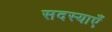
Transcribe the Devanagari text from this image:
सदस्याएँ